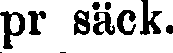
pr säck.